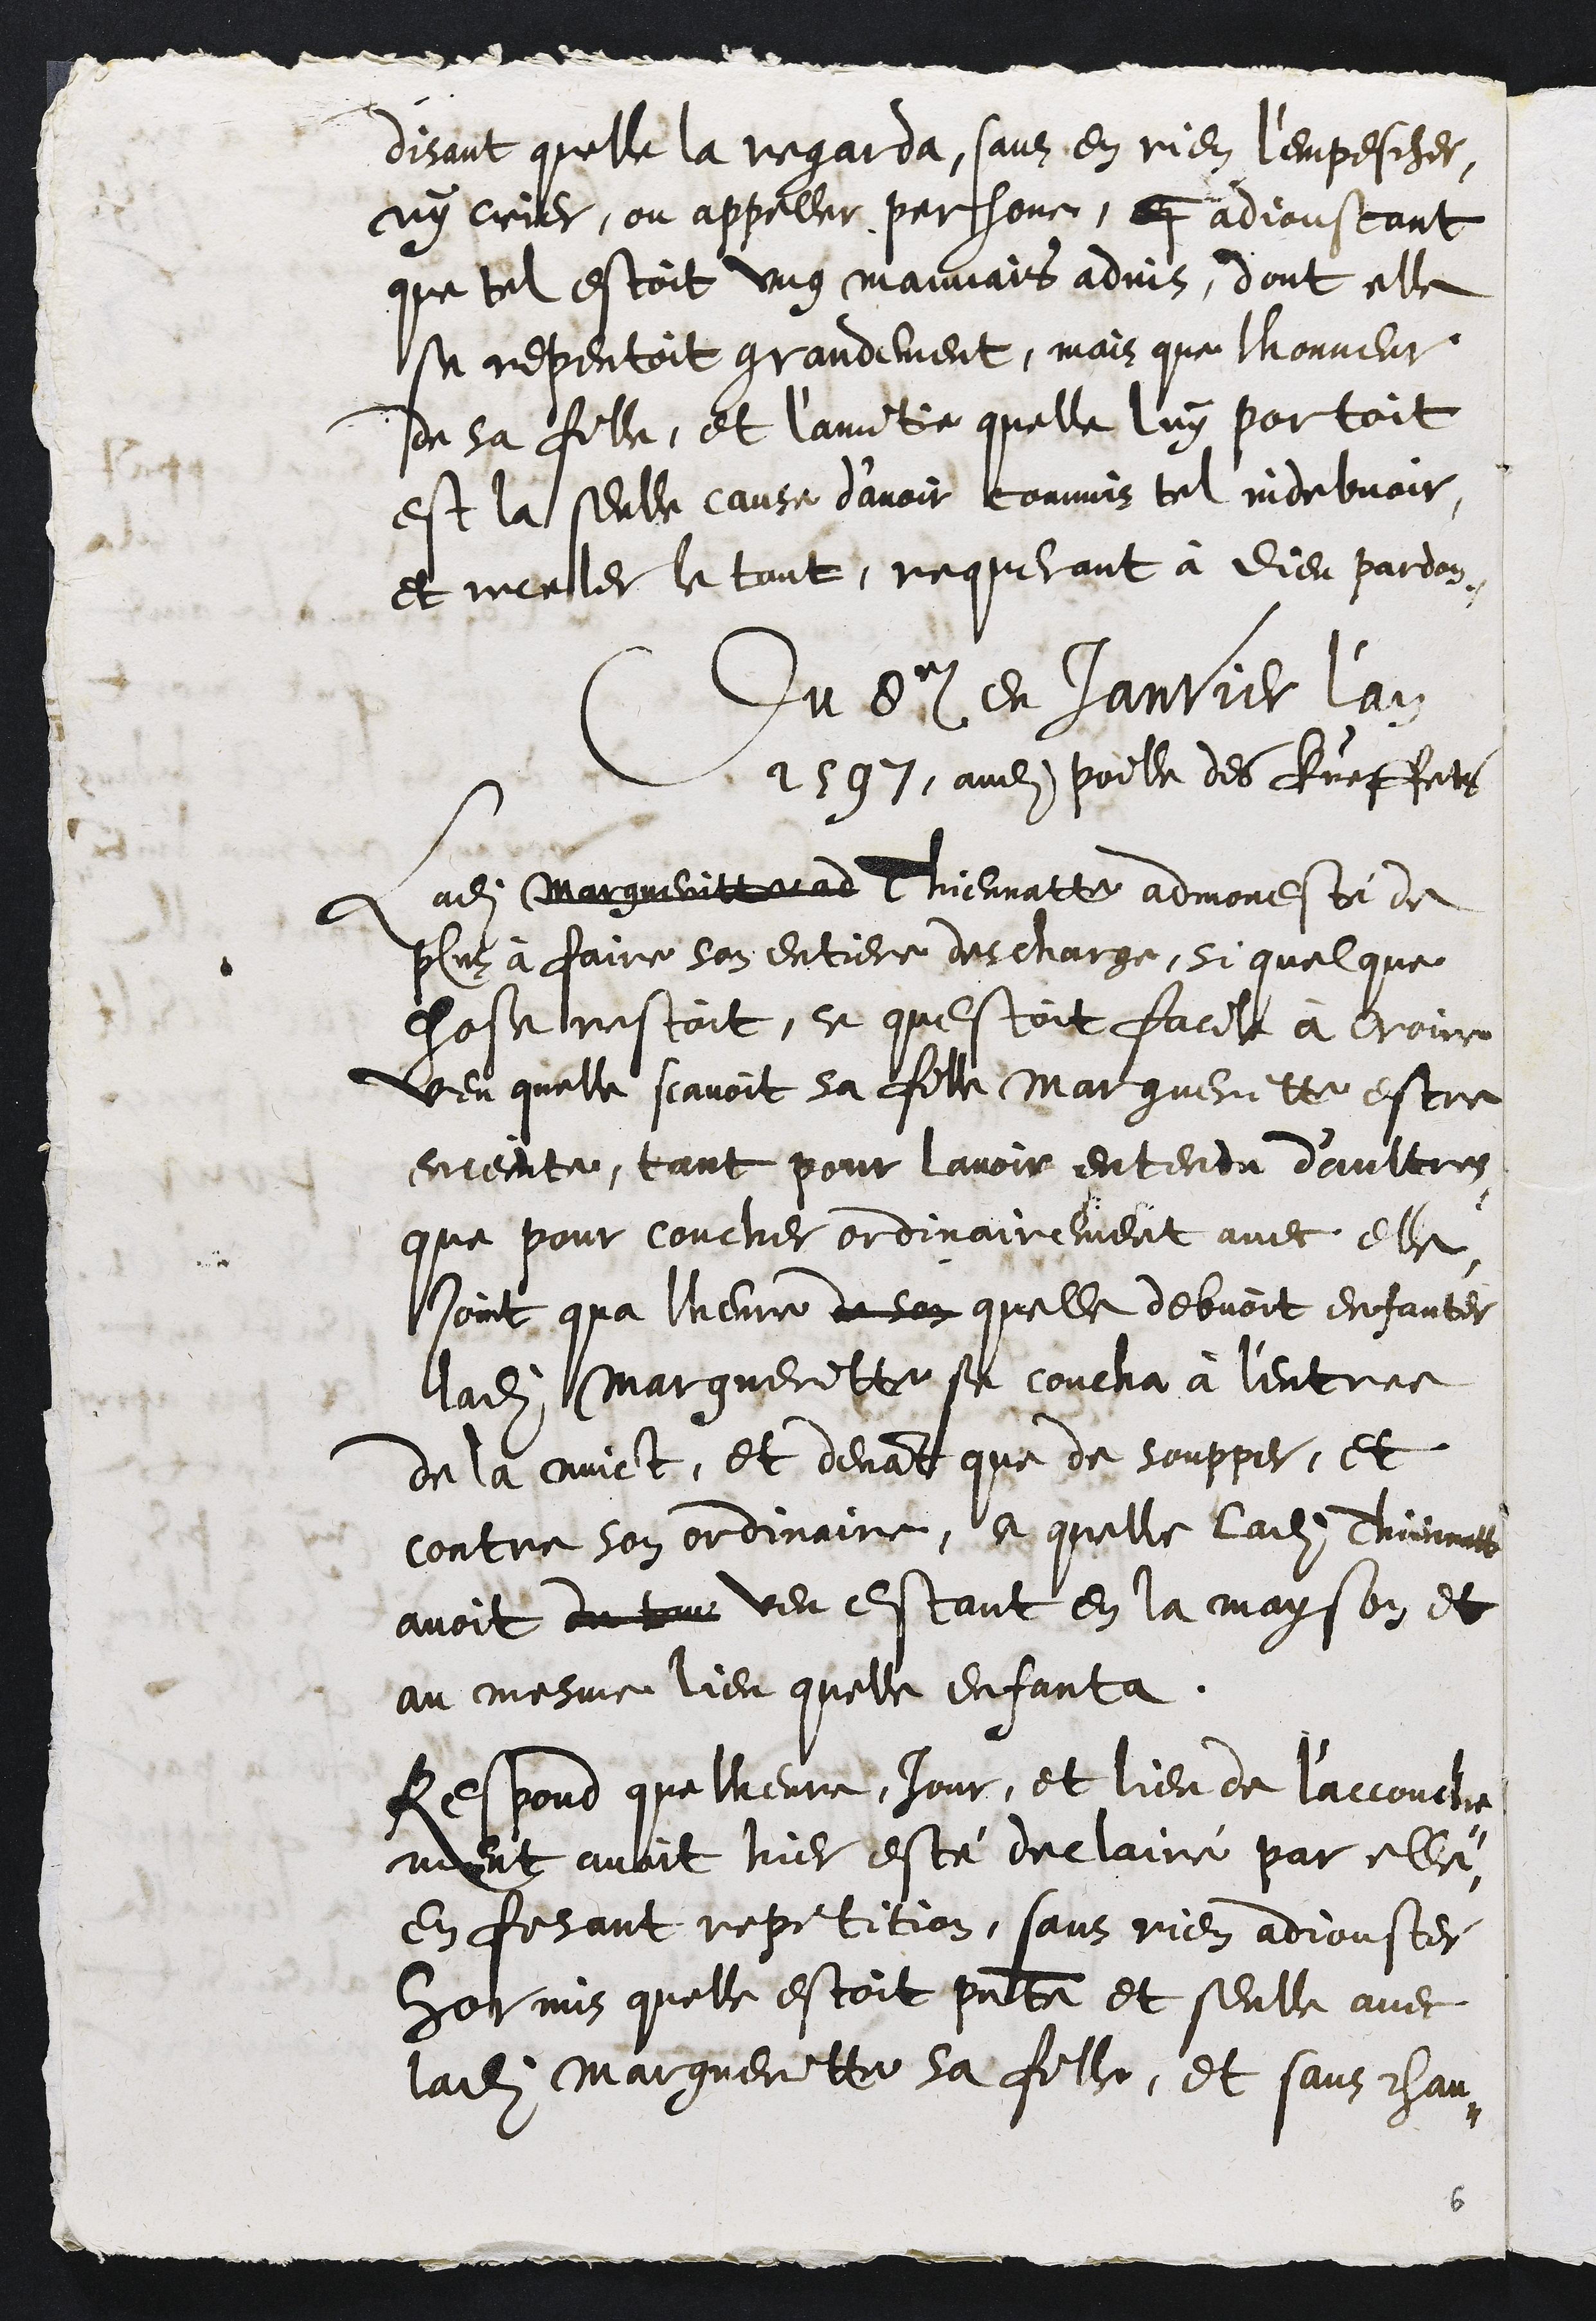
disant quelle la regarda, sans en rien l'empescher,
ny crier, ou appeller persone, di adjoustant
que tel estoit ung mauvais advis, dont elle
se repentoit grandement, mais que l'honneur
de sa fille, et l'amitie quelle luy portoit
est la seulle cause d’avoir commis tel indebvoir
et receler le tout, requerant à Dieu pardon
Du 8e en Janvier l'an
1597, audit poille des Kueffets
Ladite Margueritte ad Thiennatte admonesté de
plus à faire son entiere descharge, si quelque
chose restoit, se questoit facile à croire
veu quelle scavoit sa fille Margueritte estre
enceinte, tant pour lavoir entendu d'aultres
que pour coucher ordinairement avec elle
Joint qua lheure de son quelle debvoit enfanter
ladite Margueritte sa coucha à l'entree
de la nuict, et devant que de soupper, et
contre son ordinaire, ce quelle ladite Thiennatte
avoit du tou veu estant en la mayson et
au mesme lieu quelle enfanta.
Respond que lheure, Jour, et lieu de l'accouche-
ment avoit hier esté declairé par elle
en fesant repetition, sans rien adjouster
hormis quelle estoit presente et seulle avec
ladite Margueritte sa fille, et sans chan-
6.